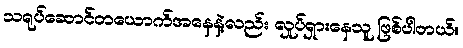
သရုပ်ဆောင်တယောက်အနေနဲ့လည်း လှုပ်ရှားနေသူ ဖြစ်ပါတယ်။